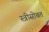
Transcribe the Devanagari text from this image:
स्त्रीसोबत